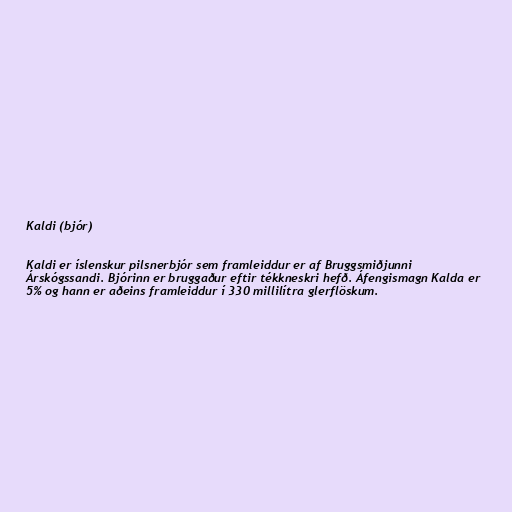
Kaldi (bjór)

Kaldi er íslenskur pilsnerbjór sem framleiddur er af Bruggsmiðjunni
Árskógssandi. Bjórinn er bruggaður eftir tékkneskri hefð. Áfengismagn Kalda er
5% og hann er aðeins framleiddur í 330 millilítra glerflöskum.